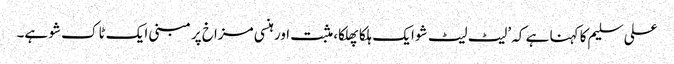
علی سلیم کا کہنا ہے کہ ’لیٹ لیٹ شو ایک ہلکا پھلکا، مثبت اور ہنسی مزاخ پر مبنی ایک ٹاک شو ہے۔